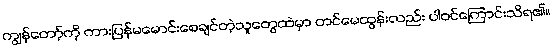
ကျွန်တော့်ကို ကားပြန်မမောင်းစေချင်တဲ့သူတွေထဲမှာ တင်မေထွန်းလည်း ပါဝင်ကြောင်းသိရ၏။